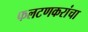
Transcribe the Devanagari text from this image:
फलटणकरांचा